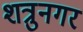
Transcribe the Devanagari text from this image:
शत्रुनगर